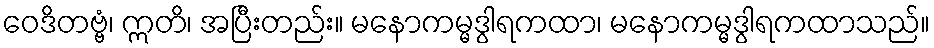
ဝေဒိတဗ္ဗံ၊ ဣတိ၊ အပြီးတည်း။ မနောကမ္မဒွါရကထာ၊ မနောကမ္မဒွါရကထာသည်။